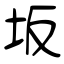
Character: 坂